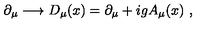
\partial _ { \mu } \longrightarrow D _ { \mu } ( x ) = \partial _ { \mu } + i g A _ { \mu } ( x ) \ ,